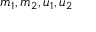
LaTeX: m _ { 1 } , m _ { 2 } , u _ { 1 } , u _ { 2 }